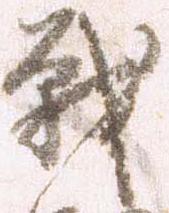
戦